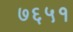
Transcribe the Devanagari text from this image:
७६५१